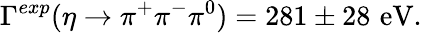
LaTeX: \Gamma^{exp}(\eta\rightarrow\pi^{+}\pi^{-}\pi^{0})=281\pm 28\, \, \mathrm{eV}.